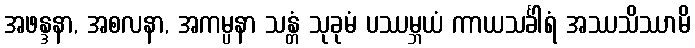
အဖန္ဒနာ, အစလနာ, အကမ္ပနာ သန္တံ သုခုမံ ပဿမ္ဘယံ ကာယသင်္ခါရံ အဿသိဿာမိ